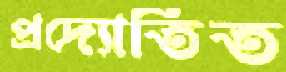
প্রদ্যোতিত